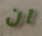
ان